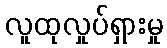
လူထုလှုပ်ရှားမှု